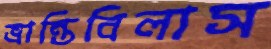
ভ্রান্তিবিলাস